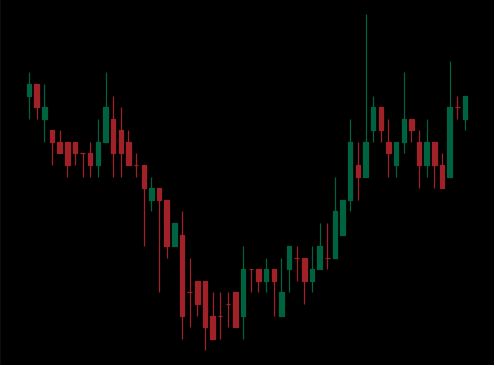
Pattern: inverse_head_shoulders